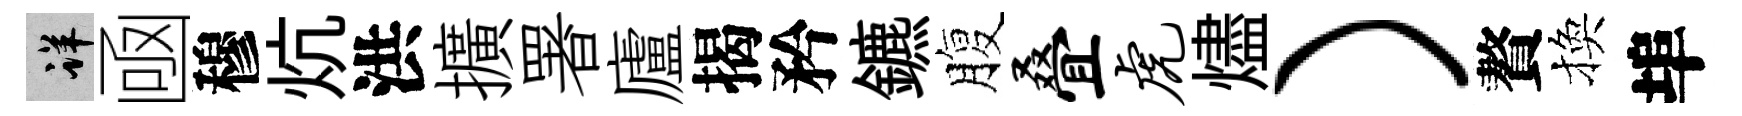
详凾穆炕洪擴署廬揭矜鑣腹叠虎燼）贅換埠